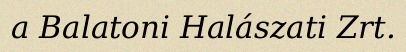
a Balatoni Halászati Zrt.